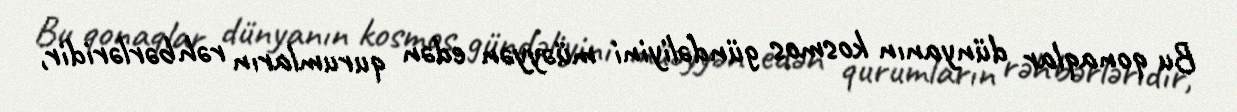
Bu qonaqlar dünyanın kosmos gündəliyini müəyyən edən qurumların rəhbərləridir,